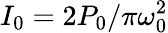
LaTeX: I_{0}=2P_{0}/\pi\omega_{0}^{2}